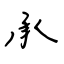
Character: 承